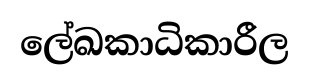
ලේඛකාධිකාරීල